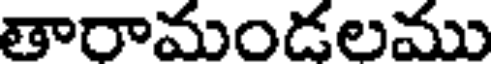
తారామండలము